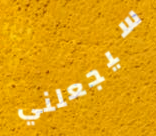
سيجعلني